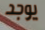
يوجد